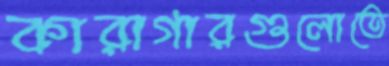
কারাগারগুলোতে